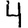
Digit: 4